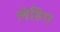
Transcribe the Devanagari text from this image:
लेहिग